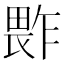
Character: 𱰻